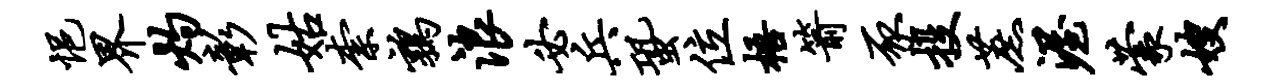
悒界灼彰姑柰鹑浪必兵蛩位梧箭豕投蔗渥蒙嫂